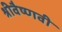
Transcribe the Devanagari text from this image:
श्रीवैष्णवी